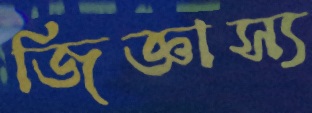
জিজ্ঞাস্য